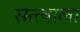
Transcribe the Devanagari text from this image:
सत्त्वाला